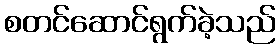
စတင်ဆောင်ရွက်ခဲ့သည်